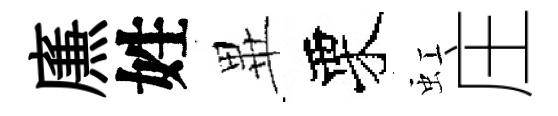
㢘姓𭺾栗虹庄